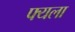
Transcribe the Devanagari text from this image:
फ्यला